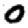
Digit: 0